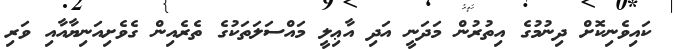
ކައިވެނިކޮށް ދިނުމުގެ އިތުރުން މަދަނީ އަދި އާޢިލީ މައްސަލަތަކުގެ ތެރެއިން ގެވެށިއަނިޔާއާއި ވަރި